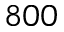
8 0 0